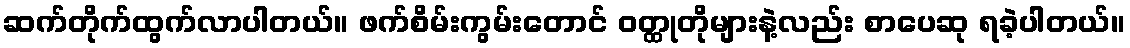
ဆက်တိုက်ထွက်လာပါတယ်။ ဖက်စိမ်းကွမ်းတောင် ဝတ္ထုတိုများနဲ့လည်း စာပေဆု ရခဲ့ပါတယ်။